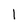
Character: 1